Report of the Municipal Commissioner on the plague in Bombay for the year ending 31st May... - Volume 1
Disease focus: Plague
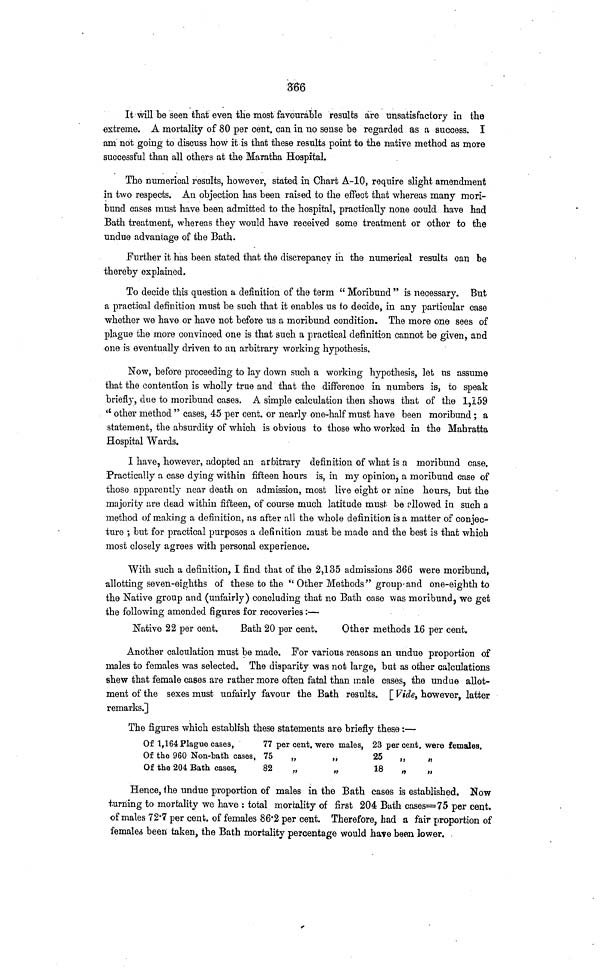
366
It will be seen that even the most favourable results are unsatisfactory in the
extreme. A mortality of 80 per cent, can in no sense be regarded as a success. I
am not going to discuss how it is that these results point to the native method as more
successful than all others at the Maratha Hospital.
The numerical results, however, stated in Chart A-10, require slight amendment
in two respects. An objection has been raised to the effect that whereas many mori-
bund cases must have been admitted to the hospital, practically none could have had
Bath treatment, whereas they would have received some treatment or other to the
undue advantage of the Bath.
Further it has been stated that the discrepancy in the numerical results can be
thereby explained.
To decide this question a definition of the term " Moribund " is necessary. But
a practical definition must be such that it enables us to decide, in any particular case
whether we have or have not before us a moribund condition. The more one sees of
plague the more convinced one is that such a practical definition cannot be given, and
one is eventually driven to an arbitrary working hypothesis.
Now, before proceeding to lay down such a working hypothesis, let us assume
that the contention is wholly true and that the difference in numbers is, to speak
briefly, due to moribund cases. A simple calculation then shows that of the 1,159
'' other method " cases, 45 per cent, or nearly one-half must have been moribund ; a
statement, the absurdity of which is obvious to those who worked in the Mahratta
Hospital Wards.
I have, however, adopted an arbitrary definition of what is a moribund case,
Practically a case dying within fifteen hours is, in my opinion, a moribund case of
those apparently near death on admission, most live eight or nine hours, but the
majority are dead within fifteen, of course much latitude must be allowed in such a
method of making a definition, as after all the whole definition is a matter of conjec-
iure ; but for practical purposes a definition must be made and the best is that which
most closely agrees with personal experience.
With such a definition, I find that of the 2,135 admissions 366 were moribund,
allotting seven-eighths of these to the " Other Methods" group 1 and one-eighth to
the Native group and (unfairly) concluding that no Bath case was moribund, we get
the following amended figures for recoveries:—
Native 22 per cent.
Bath 20 per cent.
Other methods 16 per cent.
Another calculation must be made. For various reasons an undue proportion of
males to females was selected. The disparity was not large, but as other calculations
shew that female cases are rather more often fatal than male cases, iiie undue allot-
ment of the sexes must unfairly favour the Bath results. [ Vide, however, latter
remarks.]
The figures which establish these statements are briefly these :—
Of 1,164 Plague cases,
77 per cent, were males, 23 percent, were females.
Of the 960 Non-bath cases, 75
„
„
25
,,
„
Of the 204 Bath cases,
82
„
„
18
„
„
Hence, ihe undue proportion of males in the Bath cases is established. Now
turning to mortality we have : total mortality of first 204 Bath cases=75 per cent,
of males 72'7 per cent, of females 86'2 per cent. Therefore, had a fair proportion of
females been taken, the Bath mortality percentage would have been lower.